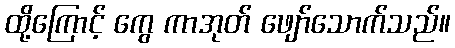
ထို့ကြောင့် ကွေ ကာအုတ် ဖျော်သောက်သည်။